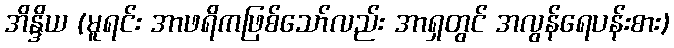
အိန္ဒိယ (မူရင်း အာဖရိကဖြစ်သော်လည်း အာရှတွင် အလွန်ရေပန်းစား)